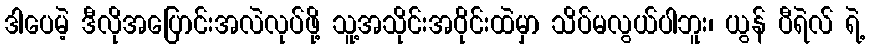
ဒါပေမဲ့ ဒီလိုအပြောင်းအလဲလုပ်ဖို့ သူ့အသိုင်းအဝိုင်းထဲမှာ သိပ်မလွယ်ပါဘူး၊ ယွန် ပီရဲလ် ရဲ့